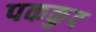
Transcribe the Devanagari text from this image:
पककुद